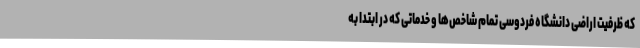
که ظرفیت اراضی دانشگاه فردوسی تمام شاخص‌ها و خدماتی که در ابتدا به